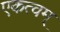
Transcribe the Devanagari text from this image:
एकत्वम्